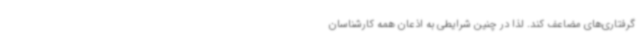
گرفتاری‌های مضاعف کند. لذا در چنین شرایطی به اذعان همه کارشناسان